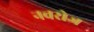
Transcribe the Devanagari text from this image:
नवरोज